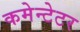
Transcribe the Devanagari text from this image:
कमेन्टेटर